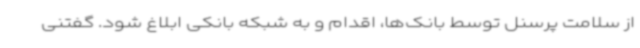
از سلامت پرسنل توسط بانک‌ها، اقدام و به شبکه بانکی ابلاغ شود. گفتنی